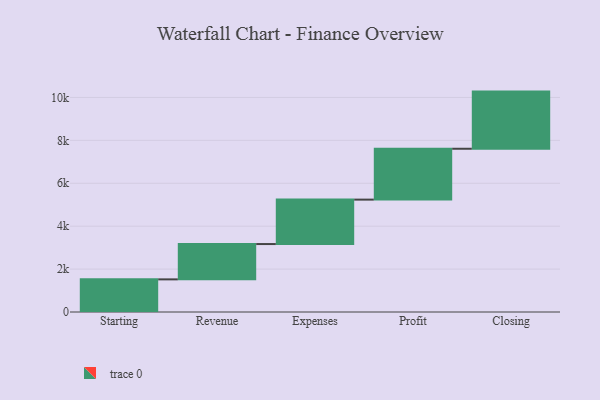
{"axis": {"x": "Step", "y": "Value"}, "legend": [""], "data": [{"x": "Starting", "y": 1521.0, "type": ""}, {"x": "Revenue", "y": 1646.0, "type": ""}, {"x": "Expenses", "y": 2071.0, "type": ""}, {"x": "Profit", "y": 2371.0, "type": ""}, {"x": "Closing", "y": 2664.0, "type": ""}]}